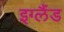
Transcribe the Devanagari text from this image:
इग्‍लैंड